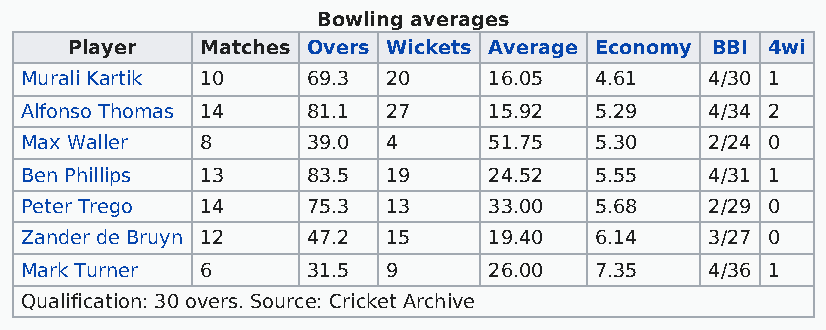
Bowling averages
 Player   Matches Overs Wickets Average Economy BBI 4wi
 Murali Kartik 10   69.3  20    16.05  4.61    4/30 1
 Alfonso Thomas 14  81.1  27    15.92  5.29    4/34 2
 Max Waller  8      39.0  4     51.75  5.30    2/24 0
 Ben Phillips 13    83.5  19    24.52  5.55    4/31 1
 Peter Trego 14     75.3  13    33.00  5.68    2/29 0
 Zander de Bruyn 12 47.2  15    19.40  6.14    3/27 0
 Mark Turner 6      31.5  9     26.00  7.35    4/36 1
 Qualification: 30 overs. Source: Cricket Archive